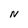
Character: N